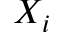
X _ { i }